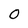
Character: 0